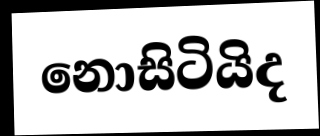
නොසිටියිද